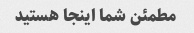
مطمئن شما اینجا هستید